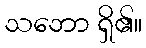
သဘော ရှိ၏။